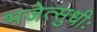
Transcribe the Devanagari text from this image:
भजेत्सुधीः